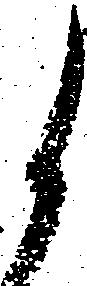
候